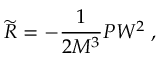
\widetilde { R } = - \frac 1 { 2 M ^ { 3 } } P W ^ { 2 } \; ,